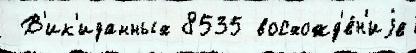
 В'ик'иданных 8535 восхожд'е́н'иjе